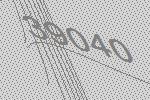
39040